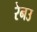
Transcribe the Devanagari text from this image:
रेनउ